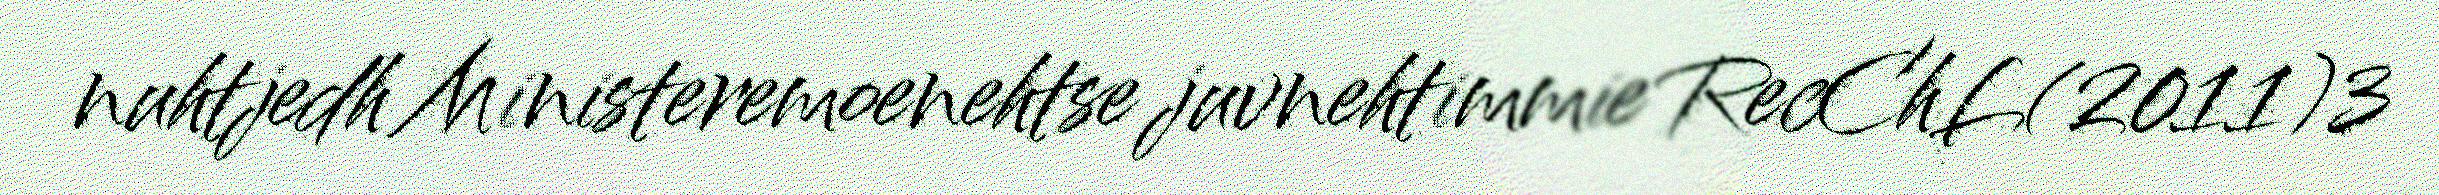
nuhtjedh Ministeremoenehtse juvnehtimmie RecChL(2011)3